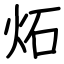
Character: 炻